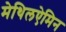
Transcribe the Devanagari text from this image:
मेथिलऐमिन